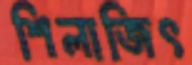
শিলাজিৎ